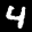
Label: 4